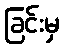
ခြင်းမှ